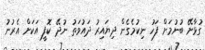
ގުޅާށޭ ބުނުމަށް ފަހު ނިކުމެގެން ދިޔައިރު ދައުވަތު ނުދޭ ކޮފީ އަކަށް އެރުނު